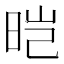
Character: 𬀱